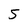
Character: 5